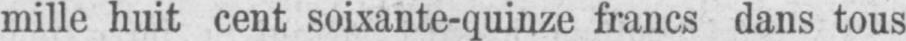
mille huit cent soixante-quinze francs dans tous